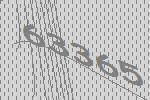
63365